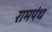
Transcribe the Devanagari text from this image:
रामपंथ